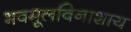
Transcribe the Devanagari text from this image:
भवमूलविनाशाय